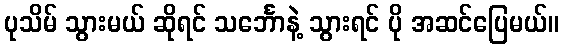
ပုသိမ် သွားမယ် ဆိုရင် သင်္ဘောနဲ့ သွားရင် ပို အဆင်ပြေမယ်။